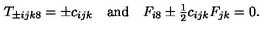
\begin{array} { c c c } { T _ { \pm i j k 8 } = \pm c _ { i j k } } & { \mathrm { a n d } } & { F _ { i 8 } \pm \frac { 1 } { 2 } c _ { i j k } F _ { j k } = 0 . } \\ \end{array}